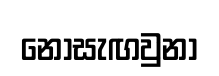
නොසැඟවුනා